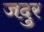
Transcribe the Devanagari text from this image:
जदुर